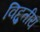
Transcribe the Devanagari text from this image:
विद्दुतीय